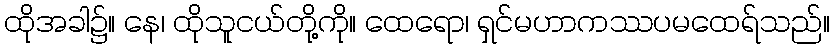
ထိုအခါ၌။ နေ၊ ထိုသူငယ်တို့ကို။ ထေရော၊ ရှင်မဟာကဿပမထေရ်သည်။